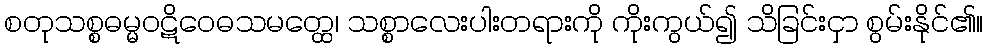
စတုသစ္စဓမ္မဝဋိဝေဓသမတ္ထေ၊ သစ္စာလေးပါးတရားကို ကိုးကွယ်၍ သိခြင်းငှာ စွမ်းနိုင်၏။